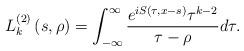
LaTeX: \begin{align*}L_{k}^{\left( 2\right) }\left( s,\rho\right) =\int_{-\infty}^{\infty}\frac{e^{iS(\tau,x-s)}\tau^{k-2}}{\tau-\rho}d\tau.\end{align*}